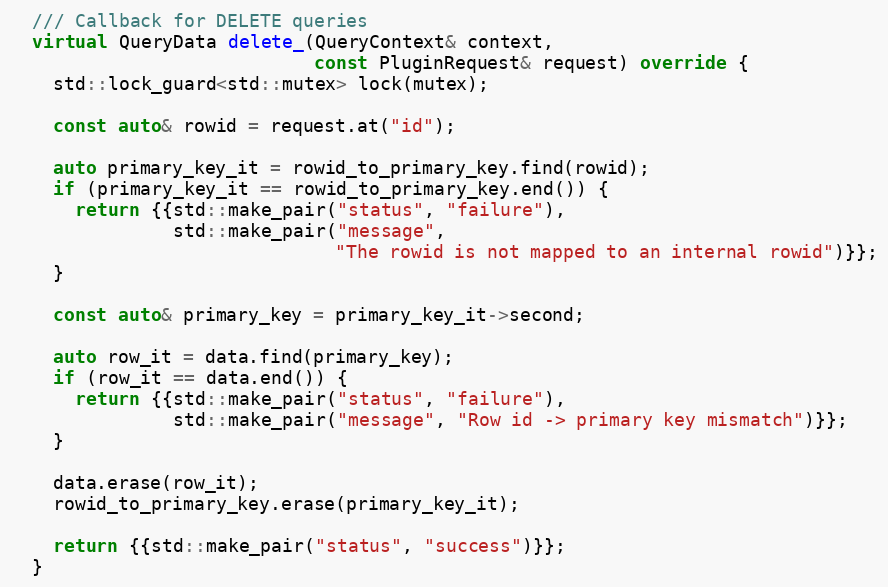
Language: C++
  /// Callback for DELETE queries
  virtual QueryData delete_(QueryContext& context,
                            const PluginRequest& request) override {
    std::lock_guard<std::mutex> lock(mutex);

    const auto& rowid = request.at("id");

    auto primary_key_it = rowid_to_primary_key.find(rowid);
    if (primary_key_it == rowid_to_primary_key.end()) {
      return {{std::make_pair("status", "failure"),
               std::make_pair("message",
                              "The rowid is not mapped to an internal rowid")}};
    }

    const auto& primary_key = primary_key_it->second;

    auto row_it = data.find(primary_key);
    if (row_it == data.end()) {
      return {{std::make_pair("status", "failure"),
               std::make_pair("message", "Row id -> primary key mismatch")}};
    }

    data.erase(row_it);
    rowid_to_primary_key.erase(primary_key_it);

    return {{std::make_pair("status", "success")}};
  }